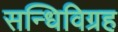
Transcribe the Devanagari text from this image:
सन्धिविग्रह